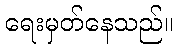
ရေးမှတ်နေသည်။